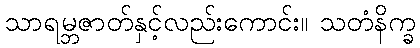
သာရမ္ဘဇာတ်နှင့်လည်းကောင်း။ သတံနိက္ခ